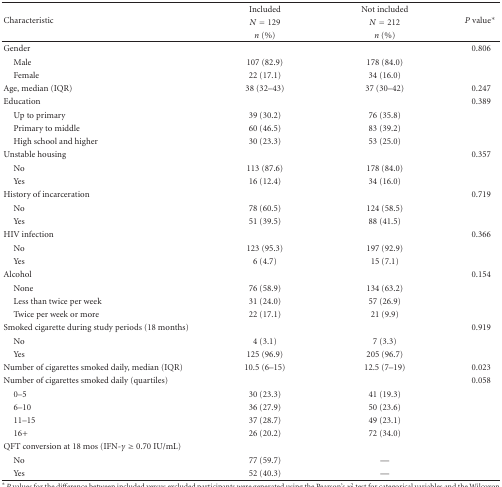
<table><thead><tr><td rowspan="3"><b>Characteristic</b></td><td><b>Included</b></td><td><b>Not included</b></td><td rowspan="3"><b><i>P</i> value*</b></td></tr><tr><td><b><i>N</i> = 129</b></td><td><b><i>N</i> = 212</b></td></tr><tr><td><b><i>n</i> (%)</b></td><td><b><i>n</i> (%)</b></td></tr></thead><tbody><tr><td>Gender</td><td> </td><td> </td><td>0.806</td></tr><tr><td> Male</td><td>107 (82.9)</td><td>178 (84.0)</td><td> </td></tr><tr><td> Female</td><td>22 (17.1)</td><td>34 (16.0)</td><td> </td></tr><tr><td>Age, median (IQR)</td><td>38 (32–43)</td><td>37 (30–42)</td><td>0.247</td></tr><tr><td>Education</td><td> </td><td> </td><td>0.389</td></tr><tr><td> Up to primary</td><td>39 (30.2)</td><td>76 (35.8)</td><td> </td></tr><tr><td> Primary to middle</td><td>60 (46.5)</td><td>83 (39.2)</td><td> </td></tr><tr><td> High school and higher</td><td>30 (23.3)</td><td>53 (25.0)</td><td> </td></tr><tr><td>Unstable housing</td><td> </td><td> </td><td>0.357</td></tr><tr><td> No</td><td>113 (87.6)</td><td>178 (84.0)</td><td> </td></tr><tr><td> Yes</td><td>16 (12.4)</td><td>34 (16.0)</td><td> </td></tr><tr><td>History of incarceration</td><td> </td><td> </td><td>0.719</td></tr><tr><td> No</td><td>78 (60.5)</td><td>124 (58.5)</td><td> </td></tr><tr><td> Yes</td><td>51 (39.5)</td><td>88 (41.5)</td><td> </td></tr><tr><td>HIV infection</td><td> </td><td> </td><td>0.366</td></tr><tr><td> No</td><td>123 (95.3)</td><td>197 (92.9)</td><td> </td></tr><tr><td> Yes</td><td>6 (4.7)</td><td>15 (7.1)</td><td> </td></tr><tr><td>Alcohol</td><td> </td><td> </td><td>0.154</td></tr><tr><td> None</td><td>76 (58.9)</td><td>134 (63.2)</td><td> </td></tr><tr><td> Less than twice per week</td><td>31 (24.0)</td><td>57 (26.9)</td><td> </td></tr><tr><td> Twice per week or more</td><td>22 (17.1)</td><td>21 (9.9)</td><td> </td></tr><tr><td>Smoked cigarette during study periods (18 months)</td><td> </td><td> </td><td>0.919</td></tr><tr><td> No</td><td>4 (3.1)</td><td>7 (3.3)</td><td> </td></tr><tr><td> Yes</td><td>125 (96.9)</td><td>205 (96.7)</td><td> </td></tr><tr><td>Number of cigarettes smoked daily, median (IQR)</td><td>10.5 (6–15)</td><td>12.5 (7–19)</td><td>0.023</td></tr><tr><td>Number of cigarettes smoked daily (quartiles)</td><td> </td><td> </td><td>0.058</td></tr><tr><td> 0–5</td><td>30 (23.3)</td><td>41 (19.3)</td><td> </td></tr><tr><td> 6–10</td><td>36 (27.9)</td><td>50 (23.6)</td><td> </td></tr><tr><td> 11–15</td><td>37 (28.7)</td><td>49 (23.1)</td><td> </td></tr><tr><td> 16+</td><td>26 (20.2)</td><td>72 (34.0)</td><td> </td></tr><tr><td>QFT conversion at 18 mos (IFN-<i>γ</i> ≥ 0.70 IU/mL)</td><td> </td></tr><tr><td> No</td><td>77 (59.7)</td><td>—</td><td> </td></tr><tr><td> Yes</td><td>52 (40.3)</td><td>—</td><td> </td></tr></tbody></table>